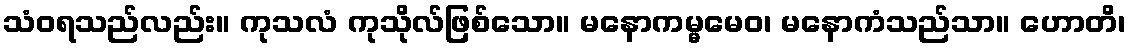
သံဝရသည်လည်း။ ကုသလံ ကုသိုလ်ဖြစ်သော။ မနောကမ္မမေဝ၊ မနောကံသည်သာ။ ဟောတိ၊